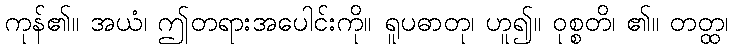
ကုန်၏။ အယံ၊ ဤတရားအပေါင်းကို။ ရူပဓာတု၊ ဟူ၍။ ဝုစ္စတိ၊ ၏။ တတ္ထ၊